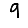
Digit: 9